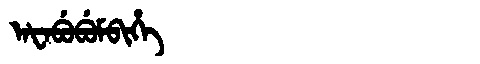
Manchu: ᠠᡶᠠᠪᡠᠪᡠᠮᠪᡳᡥᡝ
Romanization: AFABUBUMBIHE